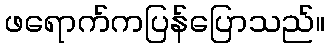
ဖရောက်ကပြန်ပြောသည်။